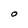
Character: 0